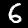
Digit: 6